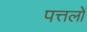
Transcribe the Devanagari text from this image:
पत्तलों